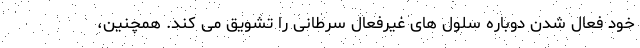
خود فعال شدن دوباره سلول های غیرفعال سرطانی را تشویق می کند. همچنین،